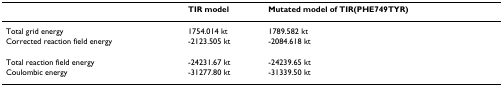
|  | TIR model | Mutated model of TIR(PHE749TYR) |
 | --- | --- | --- |
 | Total grid energy | 1754.014 kt | 1789.582 kt |
 | Corrected reaction field energy | -2123.505 kt | -2084.618 kt |
 | Total reaction field energy | -24231.67 kt | -24239.65 kt |
 | Coulombic energy | -31277.80 kt | -31339.50 kt |